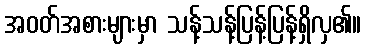
အဝတ်အစားများမှာ သန့်သန့်ပြန့်ပြန့်ရှိလှ၏။